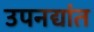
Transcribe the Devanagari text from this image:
उपनद्यांत